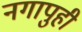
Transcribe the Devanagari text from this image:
नगापुही